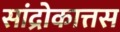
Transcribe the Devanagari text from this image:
सांद्रोकात्तस